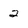
Character: 2